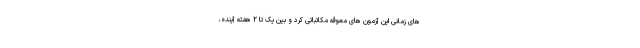
های زمانی این آزمون های معوقه مکاتباتی کرد و بین یک تا ۲ هفته آینده،